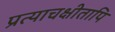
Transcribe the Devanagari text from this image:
प्रत्याचक्षीतापि